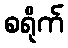
စရိုက်